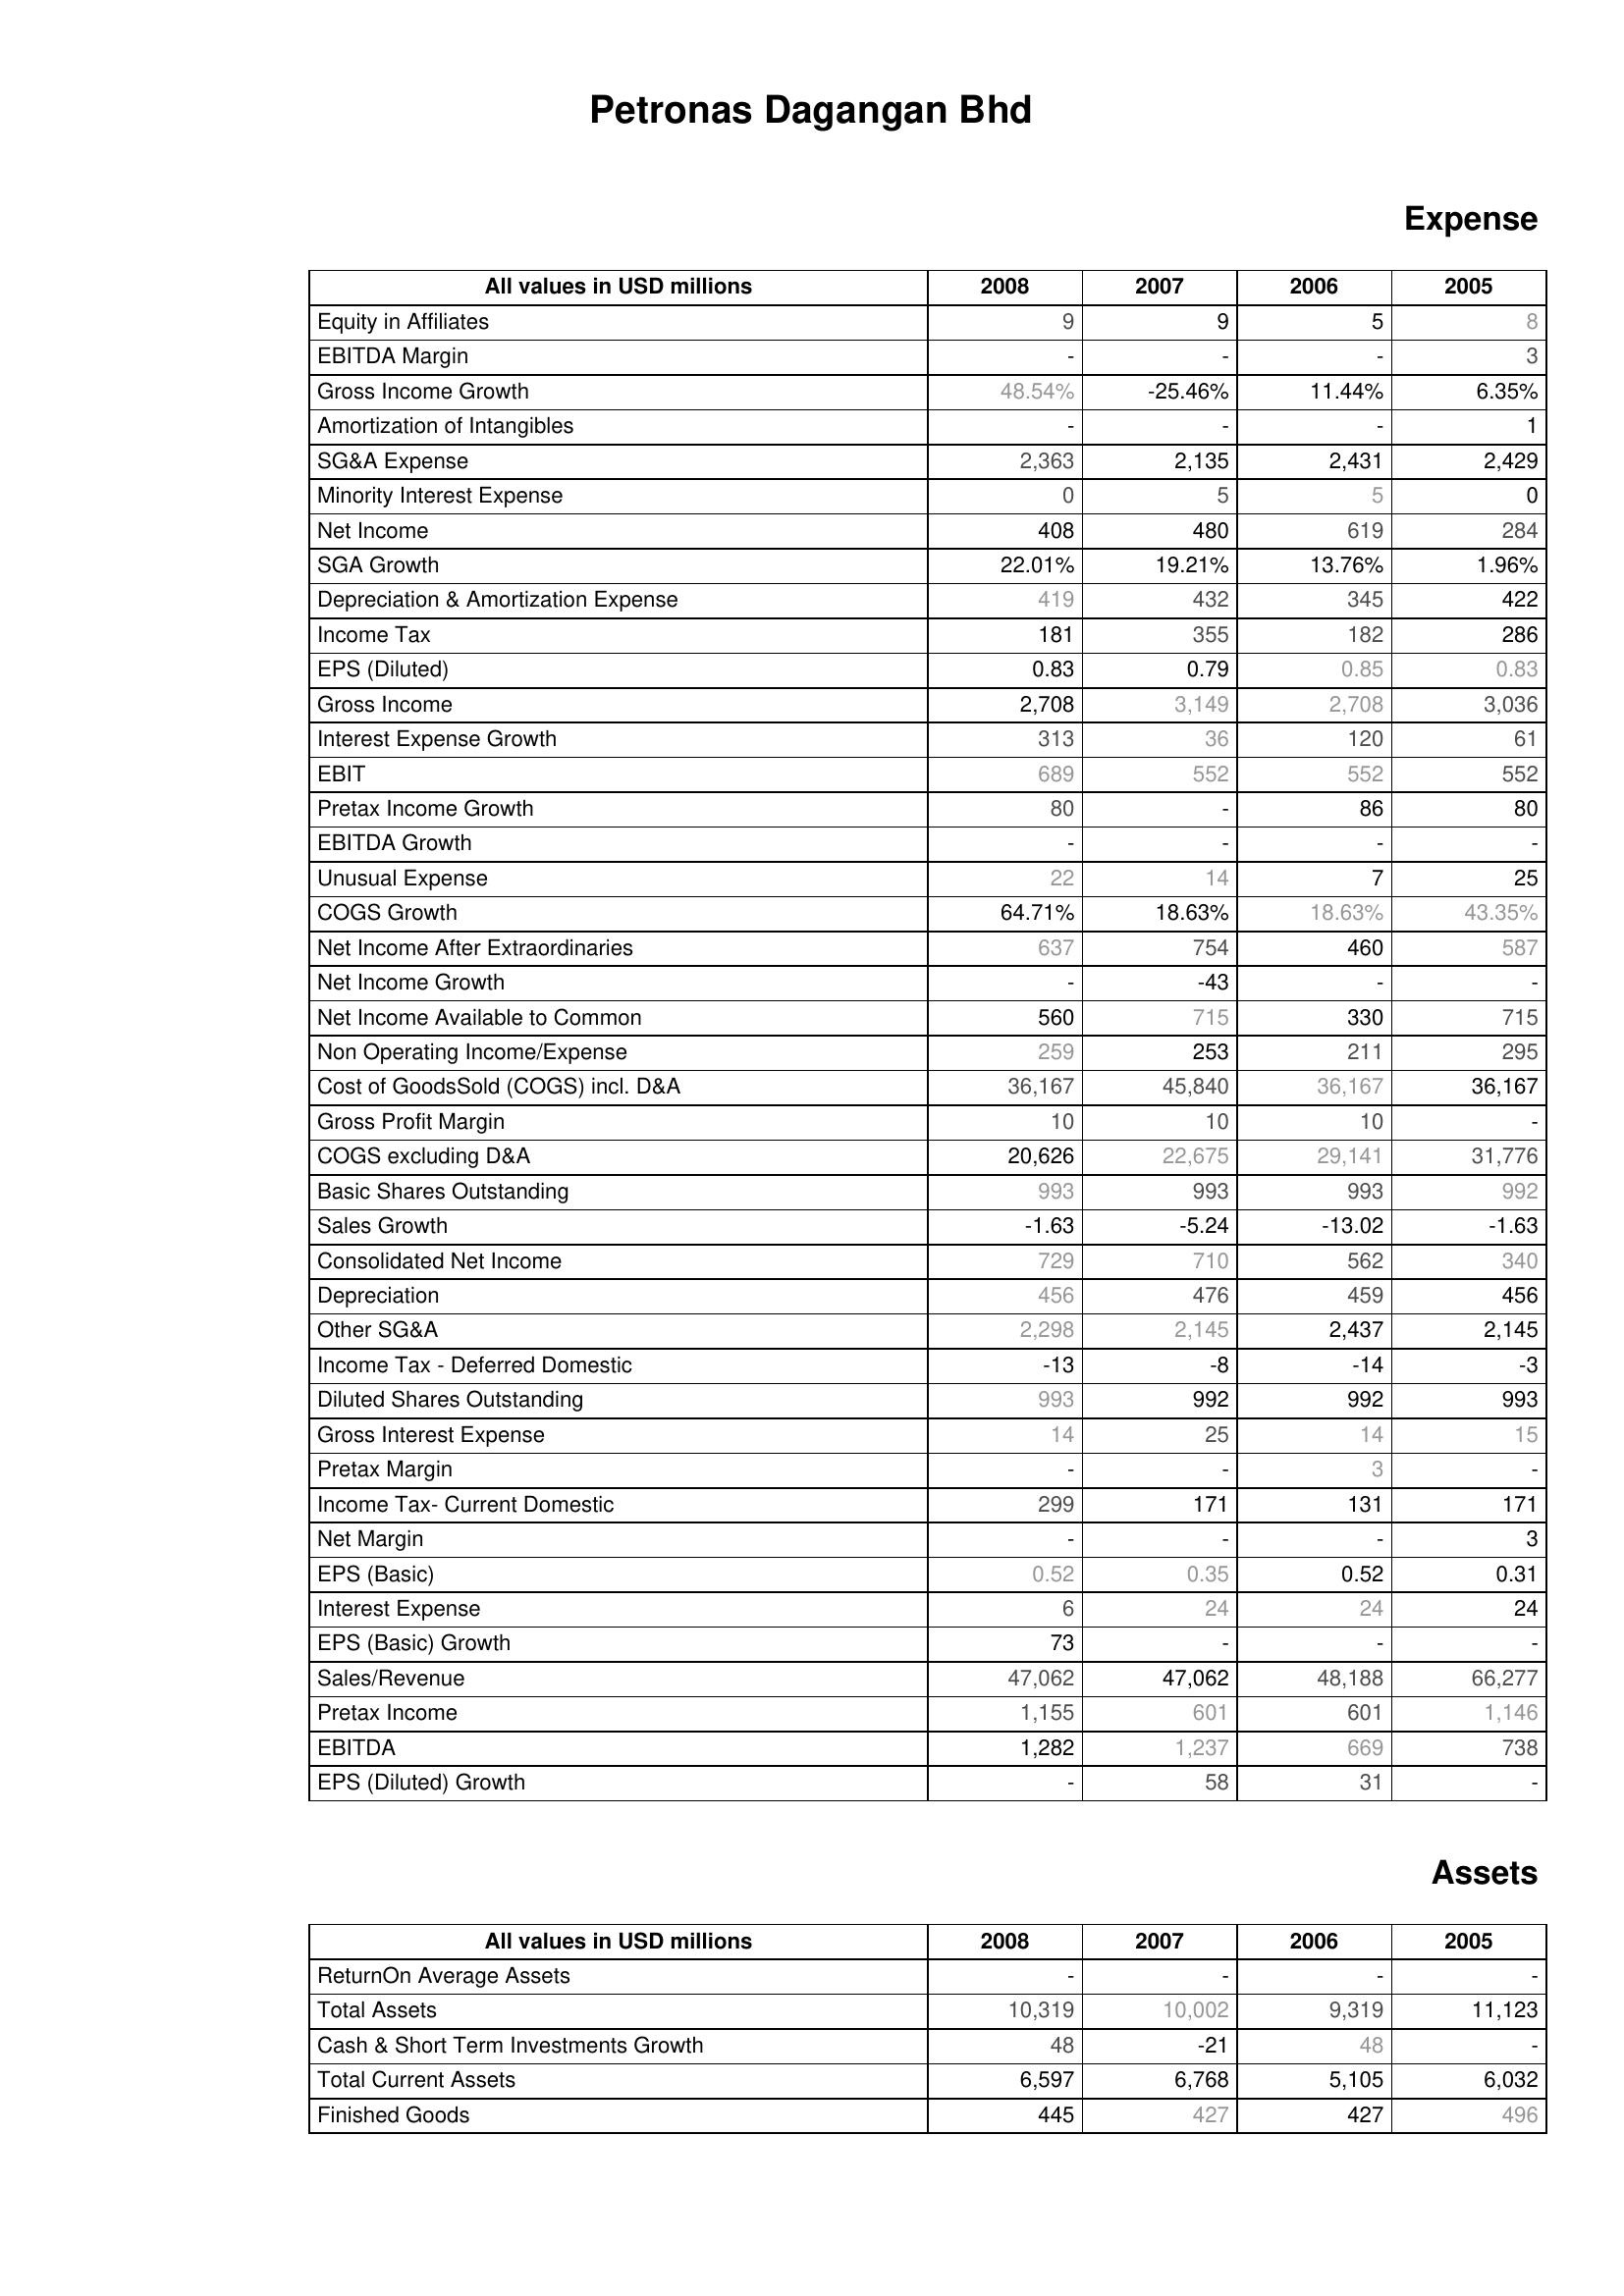
2008: Expense: Equity in Affiliates: 9
EBITDA Margin: -
Gross Income Growth: 48.54%
Amortization of Intangibles: -
SG&A Expense: 2,363
Minority Interest Expense: 0
Net Income: 408
SGA Growth: 22.01%
Depreciation & Amortization Expense: 419
Income Tax: 181
EPS (Diluted): 0.83
Gross Income: 2,708
Interest Expense Growth: 313
EBIT: 689
Pretax Income Growth: 80
EBITDA Growth: -
Unusual Expense: 22
COGS Growth: 64.71%
Net Income After Extraordinaries: 637
Net Income Growth: -
Net Income Available to Common: 560
Non Operating Income/Expense: 259
Cost of GoodsSold (COGS) incl. D&A: 36,167
Gross Profit Margin: 10
COGS excluding D&A: 20,626
Basic Shares Outstanding: 993
Sales Growth: -1.63
Consolidated Net Income: 729
Depreciation: 456
Other SG&A: 2,298
Income Tax - Deferred Domestic: -13
Diluted Shares Outstanding: 993
Gross Interest Expense: 14
Pretax Margin: -
Income Tax- Current Domestic: 299
Net Margin: -
EPS (Basic): 0.52
Interest Expense: 6
EPS (Basic) Growth: 73
Sales/Revenue: 47,062
Pretax Income: 1,155
EBITDA: 1,282
EPS (Diluted) Growth: -
Assets: ReturnOn Average Assets: -
Total Assets: 10,319
Cash & Short Term Investments Growth: 48
Total Current Assets: 6,597
Finished Goods: 445
2007: Expense: Equity in Affiliates: 9
EBITDA Margin: -
Gross Income Growth: -25.46%
Amortization of Intangibles: -
SG&A Expense: 2,135
Minority Interest Expense: 5
Net Income: 480
SGA Growth: 19.21%
Depreciation & Amortization Expense: 432
Income Tax: 355
EPS (Diluted): 0.79
Gross Income: 3,149
Interest Expense Growth: 36
EBIT: 552
Pretax Income Growth: -
EBITDA Growth: -
Unusual Expense: 14
COGS Growth: 18.63%
Net Income After Extraordinaries: 754
Net Income Growth: -43
Net Income Available to Common: 715
Non Operating Income/Expense: 253
Cost of GoodsSold (COGS) incl. D&A: 45,840
Gross Profit Margin: 10
COGS excluding D&A: 22,675
Basic Shares Outstanding: 993
Sales Growth: -5.24
Consolidated Net Income: 710
Depreciation: 476
Other SG&A: 2,145
Income Tax - Deferred Domestic: -8
Diluted Shares Outstanding: 992
Gross Interest Expense: 25
Pretax Margin: -
Income Tax- Current Domestic: 171
Net Margin: -
EPS (Basic): 0.35
Interest Expense: 24
EPS (Basic) Growth: -
Sales/Revenue: 47,062
Pretax Income: 601
EBITDA: 1,237
EPS (Diluted) Growth: 58
Assets: ReturnOn Average Assets: -
Total Assets: 10,002
Cash & Short Term Investments Growth: -21
Total Current Assets: 6,768
Finished Goods: 427
2006: Expense: Equity in Affiliates: 5
EBITDA Margin: -
Gross Income Growth: 11.44%
Amortization of Intangibles: -
SG&A Expense: 2,431
Minority Interest Expense: 5
Net Income: 619
SGA Growth: 13.76%
Depreciation & Amortization Expense: 345
Income Tax: 182
EPS (Diluted): 0.85
Gross Income: 2,708
Interest Expense Growth: 120
EBIT: 552
Pretax Income Growth: 86
EBITDA Growth: -
Unusual Expense: 7
COGS Growth: 18.63%
Net Income After Extraordinaries: 460
Net Income Growth: -
Net Income Available to Common: 330
Non Operating Income/Expense: 211
Cost of GoodsSold (COGS) incl. D&A: 36,167
Gross Profit Margin: 10
COGS excluding D&A: 29,141
Basic Shares Outstanding: 993
Sales Growth: -13.02
Consolidated Net Income: 562
Depreciation: 459
Other SG&A: 2,437
Income Tax - Deferred Domestic: -14
Diluted Shares Outstanding: 992
Gross Interest Expense: 14
Pretax Margin: 3
Income Tax- Current Domestic: 131
Net Margin: -
EPS (Basic): 0.52
Interest Expense: 24
EPS (Basic) Growth: -
Sales/Revenue: 48,188
Pretax Income: 601
EBITDA: 669
EPS (Diluted) Growth: 31
Assets: ReturnOn Average Assets: -
Total Assets: 9,319
Cash & Short Term Investments Growth: 48
Total Current Assets: 5,105
Finished Goods: 427
2005: Expense: Equity in Affiliates: 8
EBITDA Margin: 3
Gross Income Growth: 6.35%
Amortization of Intangibles: 1
SG&A Expense: 2,429
Minority Interest Expense: 0
Net Income: 284
SGA Growth: 1.96%
Depreciation & Amortization Expense: 422
Income Tax: 286
EPS (Diluted): 0.83
Gross Income: 3,036
Interest Expense Growth: 61
EBIT: 552
Pretax Income Growth: 80
EBITDA Growth: -
Unusual Expense: 25
COGS Growth: 43.35%
Net Income After Extraordinaries: 587
Net Income Growth: -
Net Income Available to Common: 715
Non Operating Income/Expense: 295
Cost of GoodsSold (COGS) incl. D&A: 36,167
Gross Profit Margin: -
COGS excluding D&A: 31,776
Basic Shares Outstanding: 992
Sales Growth: -1.63
Consolidated Net Income: 340
Depreciation: 456
Other SG&A: 2,145
Income Tax - Deferred Domestic: -3
Diluted Shares Outstanding: 993
Gross Interest Expense: 15
Pretax Margin: -
Income Tax- Current Domestic: 171
Net Margin: 3
EPS (Basic): 0.31
Interest Expense: 24
EPS (Basic) Growth: -
Sales/Revenue: 66,277
Pretax Income: 1,146
EBITDA: 738
EPS (Diluted) Growth: -
Assets: ReturnOn Average Assets: -
Total Assets: 11,123
Cash & Short Term Investments Growth: -
Total Current Assets: 6,032
Finished Goods: 496